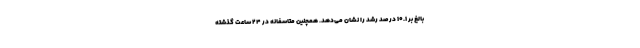
بالغ بر ۱۰.۱ درصد رشد را نشان می‌دهد. همچنین متاسفانه در ۲۴ ساعت گذشته